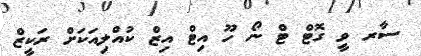
ސާރ ވީ ގޮޓް ޓް ނޯ ހޫ އިޓް އިޒް ކުއްލިއަކަށް ރަކީޒް